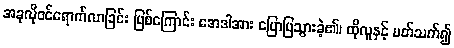
အခုလိုဝင်ရောက်လာခြင်း ဖြစ်ကြောင်း အေဒါအား ပြောပြသွားခဲ့၏၊ ထိုလူနှင့် ပတ်သက်၍